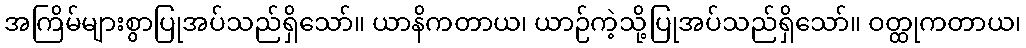
အကြိမ်များစွာပြုအပ်သည်ရှိသော်။ ယာနိကတာယ၊ ယာဉ်ကဲ့သို့ပြုအပ်သည်ရှိသော်။ ဝတ္ထုကတာယ၊